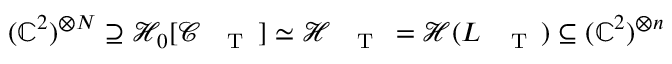
\begin{array} { r } { ( \mathbb { C } ^ { 2 } ) ^ { \otimes N } \supseteq \mathcal { H } _ { 0 } [ \mathcal { C } _ { \mathrm { ~ \tiny ~ \textnormal ~ { ~ T ~ } ~ } } ] \simeq \mathcal { H } _ { \mathrm { ~ \tiny ~ \textnormal ~ { ~ T ~ } ~ } } = \mathcal { H } ( L _ { \mathrm { ~ \tiny ~ \textnormal ~ { ~ T ~ } ~ } } ) \subseteq ( \mathbb { C } ^ { 2 } ) ^ { \otimes n } } \end{array}